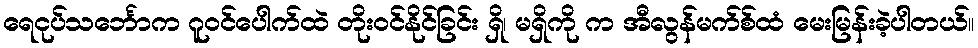
ရေငုပ်သင်္ဘောက ဂူဝင်ပေါက်ထဲ တိုးဝင်နိုင်ခြင်း ရှိ၊ မရှိကို က အီလွန်မက်စ်ထံ မေးမြန်းခဲ့ပါတယ်။